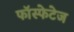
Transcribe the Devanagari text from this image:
फॉस्फेटेज